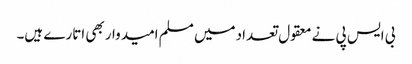
بی ایس پی نے معقول تعدادمیں مسلم امیدواربھی اتارے ہیں۔